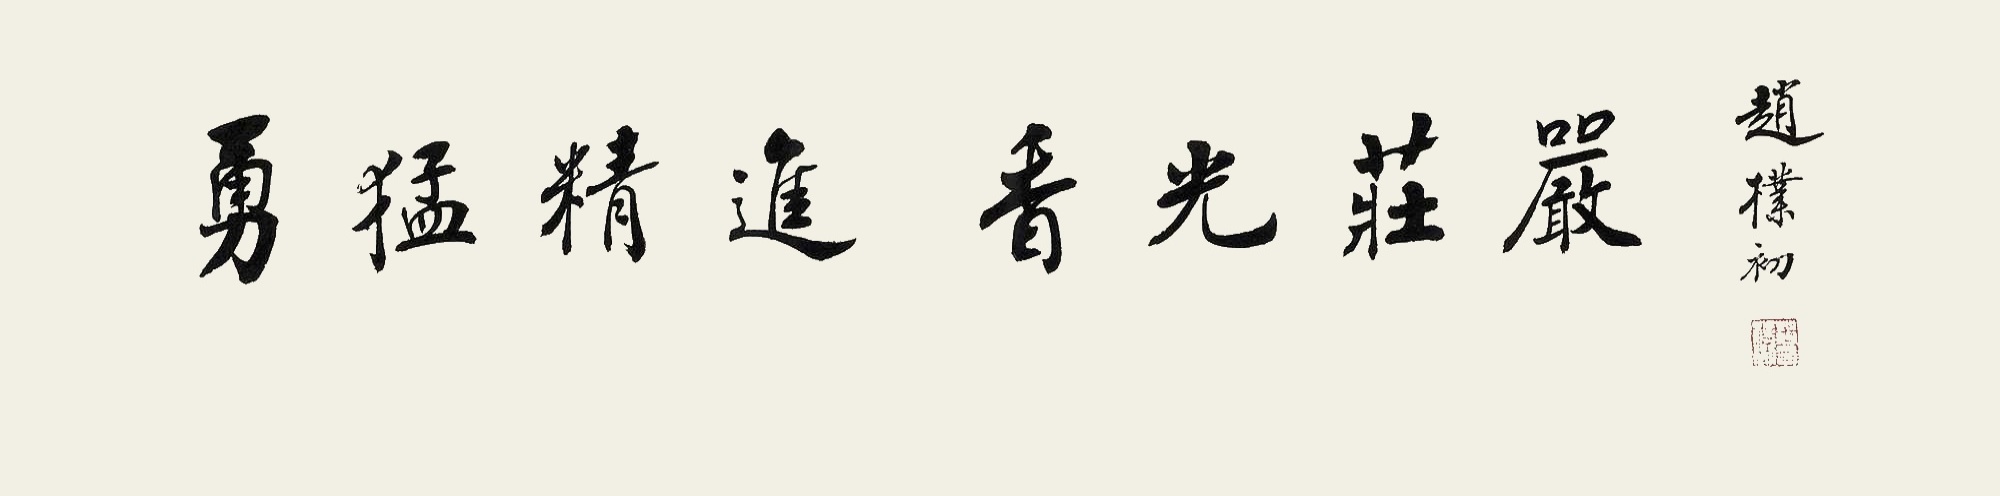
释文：勇猛精进，香光庄严。赵朴初印